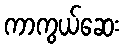
ကာကွယ်ဆေး